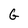
Character: G